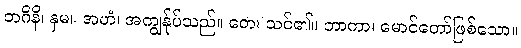
ဘဂိနိ၊ နှမ။ အဟံ၊ အကျွန်ုပ်သည်။ တေ၊ သင်၏။ ဘာကာ၊ မောင်တော်ဖြစ်သော။